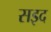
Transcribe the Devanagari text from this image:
सइद